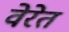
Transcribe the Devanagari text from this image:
वेरेत